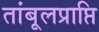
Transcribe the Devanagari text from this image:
तांबूलप्राप्ति